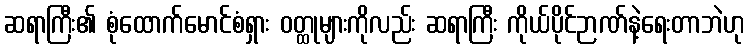
ဆရာကြီး၏ စုံထောက်မောင်စံရှား ဝတ္ထုများကိုလည်း ဆရာကြီး ကိုယ်ပိုင်ဉာဏ်နဲ့ရေးတာဘဲဟု